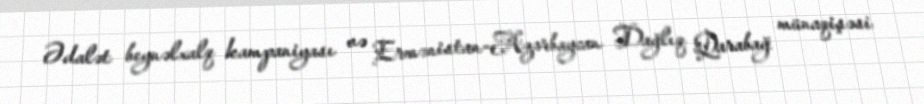
Ədalət beynəlxalq kampaniyası və Ermənistan-Azərbaycan Dağlıq Qarabağ münaqişəsi